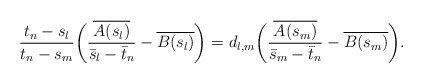
\begin{align*}\frac{t_n-s_l}{t_n -s_m} \bigg( \frac{\overline{A(s_l)}}{\bar s_l-\bar t_n}- \overline{B(s_l)}\bigg) = d_{l,m}\bigg( \frac{\overline{A(s_m)}}{\bar s_m-\bar t_n}- \overline{B(s_m)} \bigg).\end{align*}